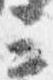
三